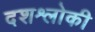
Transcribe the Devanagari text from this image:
दशश्लोकी